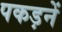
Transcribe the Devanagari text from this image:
पकड़नें